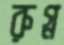
রুগ্ন